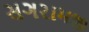
સગરામજી